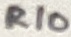
Text: R10